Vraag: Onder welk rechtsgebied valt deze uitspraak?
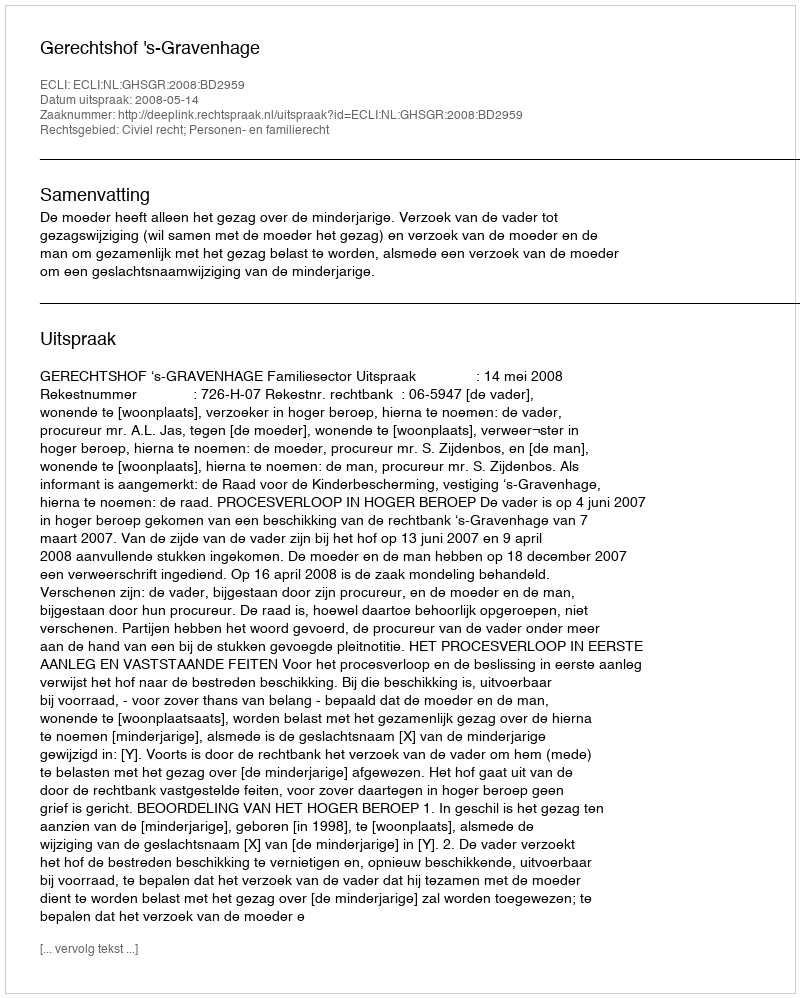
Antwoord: Civiel recht; Personen- en familierecht